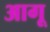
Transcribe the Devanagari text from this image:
आगू